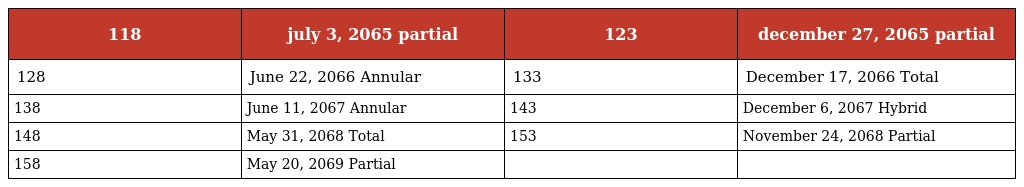
| 118 | july 3, 2065 partial | 123 | december 27, 2065 partial |
 | --- | --- | --- | --- |
 | 128 | June 22, 2066 Annular | 133 | December 17, 2066 Total |
 | 138 | June 11, 2067 Annular | 143 | December 6, 2067 Hybrid |
 | 148 | May 31, 2068 Total | 153 | November 24, 2068 Partial |
 | 158 | May 20, 2069 Partial |  |  |